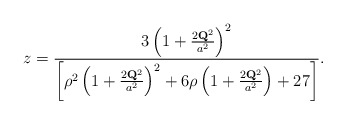
\begin{align*}z = \frac{3 \left( 1 + \frac{2 {\bf Q}^{2}}{a^{2}} \right)^{2}}{\left[\rho^{2} \left( 1 + \frac{2 {\bf Q}^{2}}{a^{2}} \right)^{2} + 6 \rho \left( 1 + \frac{2 {\bf Q}^{2}}{a^{2}} \right) + 27 \right]}.\end{align*}